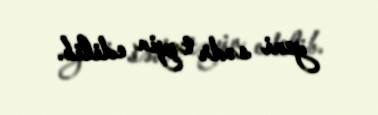
yeni sədr təyin edilib.